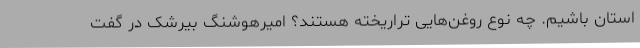
استان باشیم. چه نوع روغن‌هایی تراریخته هستند؟ امیرهوشنگ بیرشک در گفت